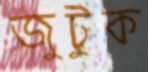
জুটুক